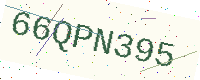
Text: 66QPN395